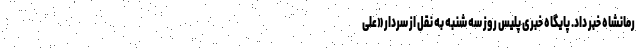
رمانشاه خبر داد. پایگاه خبری پلیس روز سه شنبه به نقل از سردار «علی